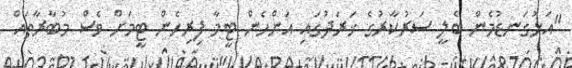
"އަޅުގަނޑުމެން ބެލީ ސަރުކާރުގެ ޚަރަދުގައި އަންހެން ޓީމާ ފިރިހެން ޓީމަށް ވެސް މުބާރާތައް